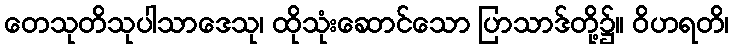
တေသုတိသုပါသာဒေသု၊ ထိုသုံးဆောင်သော ပြာသာဒ်တို့၌။ ဝိဟရတိ၊